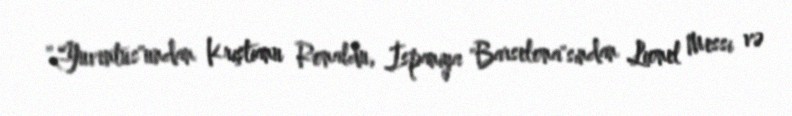
"Yuventus"undan Kriştianu Ronaldu, İspaniya "Barselona"sından Lionel Messi və